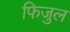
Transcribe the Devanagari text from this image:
फिजुल